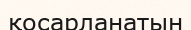
қосарланатын